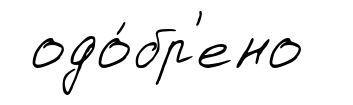
одо́бр'ено